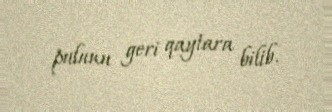
pulunu geri qaytara bilib.